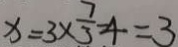
x = 3 \times \frac { 7 } { 3 } - 4 = 3